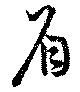
眉